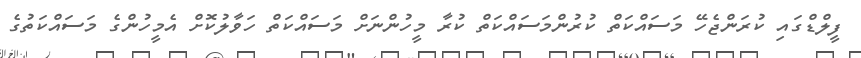
ފީލްޑްގައި ކުރަންޖެހޭ މަސައްކަތް ކުރުންމަސައްކަތް ކުރާ މީހުންނަށް މަސައްކަތް ހަވާލުކޮށް އެމީހުންގެ މަސައްކަތުގެ